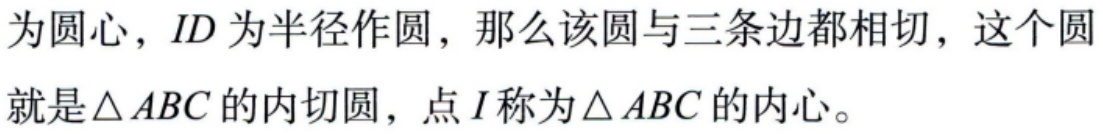
为圆心，\(ID\)为半径作圆，那么该圆与三条边都相切，这个圆就是\(\triangle ABC\)的内切圆，点\(I\)称为\(\triangle ABC\)的内心。